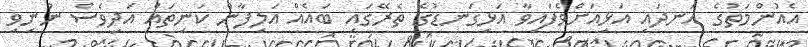
އެއުންމަތުގެ އަނދައި އަޅިއަށްވެފައިވާ އަޅިގަނޑުގެ ތެރޭގައި ބައެއް އަލިފާން ކަނިތައް އަދިވެސް ނުނިވި